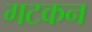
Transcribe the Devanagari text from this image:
गटकन